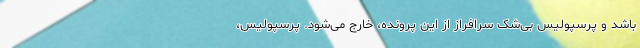
باشد و پرسپولیس بی‌شک سرافراز از این پرونده، خارج می‌شود. پرسپولیس،